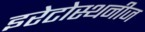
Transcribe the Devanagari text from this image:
इरेटोस्थनीज